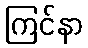
ကြင်နာ